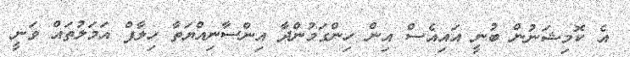
އެ ކޮމިޝަނުން ބުނީ އައިއެސް އިން ހިންގަމުންދާ އިންސާނިއްޔަތާ ހިލާފް އަމަލުތައް ވަނީ